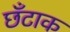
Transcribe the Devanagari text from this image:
छँटाक